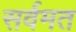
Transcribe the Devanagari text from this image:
सर्वमत